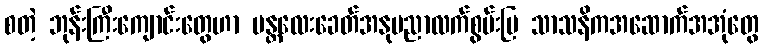
စတဲ့ ဘုန်းကြီးကျောင်းတွေဟာ မန္တလေးခေတ်အနုပညာလက်စွမ်းပြ သာသနိကအဆောက်အအုံတွေ